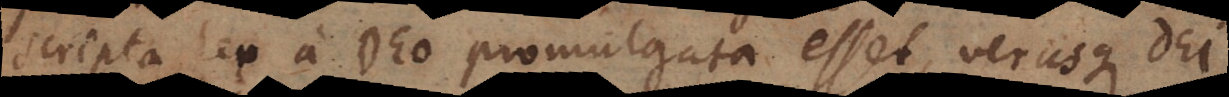
scripta lex a Deo promulgata esset, verusque Dei